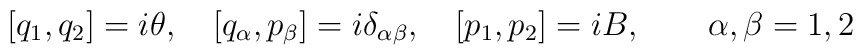
[q_1,q_2]=i\theta,\quad [{ q}_\alpha, { p}_\beta]=i \delta_{\alpha\beta},\quad [p_1,p_2]=iB,\quad\quad\alpha,\beta=1,2